Vaccination United Provinces of Agra and Oudh 1902-1913 - 1902-1913
Year: 1902
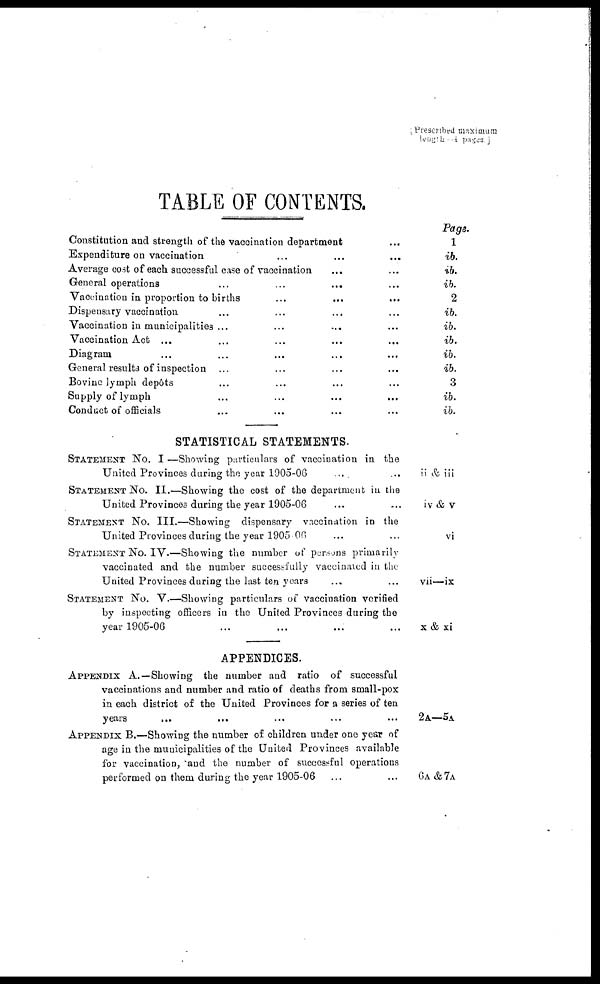
[Prescribed maximum
length - 4 pages ]
TABLE OF CONTENTS.
Constitution and strength of the vaccination department ...
Expenditure on vaccination ... ... ...
Average cost of each successful case of vaccination ... ...
General operations ... ... ... ...
Vaccination in proportion to births ... ... ...
Dispensary vaccination ... ... ... ...
Vaccination in municipalities ... ... ... ...
Vaccination Act ... ... ... ... ...
Diagram ... ... ... ... ...
General results of inspection ... ... ... ...
Bovine lymph depôs ... ... ... ...
Supply of lymph ... ... ... ...
Conduct of officials ... ... ... ...
STATISTICAL STATEMENTS.
STATEMENT NO. I—Showing particulars of vaccination in the
United Provinces during the year 1905-06 ... ...
STATEMENT NO. II.—Showing the cost of the department in the
United Provinces during the year 1905-06 ... ...
Statement NO. III.—Showing dispensary vaccination in the
United Provinces during the year 1905-06 ... ...
Statement No. IV.—Showing the number of persons primarily
vaccinated and the number successfully vaccinated in the
United Provinces during the last ten years ... ...
STATEMENT NO. V.—Showing particulars of vaccination verified
by inspecting officers in the United Provinces during the
year 1905-06 ... ... ... ...
APPENDICES.
APPENDIX A. —Showing the number and ratio of successful
vaccinations and number and ratio of deaths from small-pox
in each district of the United Provinces for a series of ten
years ... ... ... ... ...
APPENDIX B.—Showing the number of children under one year of
age in the municipalities of the United Provinces available
for vaccination, and the number of successful operations
performed on them during the year 1905-06 ... ...
Page.
1
ib.
ib.
ib.
2
ib.
ib.
ib.
ib.
ib.
3
ib.
ib.
ii & iii
iv & v
vi
vii—ix
x & xi
2A—5A
6A&7A